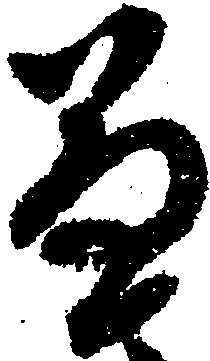
兼